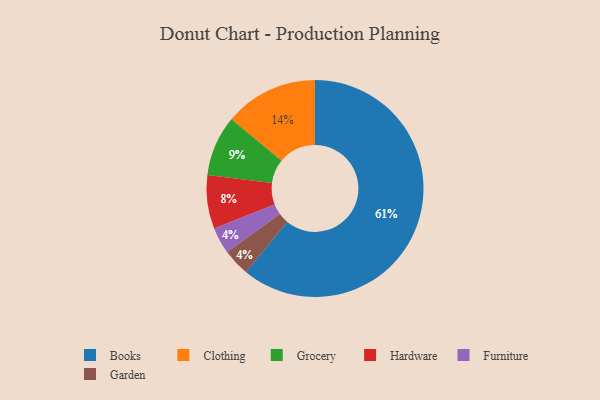
{"axis": {"x": "Category", "y": "Percentage"}, "legend": ["Books", "Clothing", "Furniture", "Garden", "Grocery", "Hardware"], "data": [{"x": "Books", "y": 61, "type": "Books"}, {"x": "Clothing", "y": 14, "type": "Clothing"}, {"x": "Grocery", "y": 9, "type": "Grocery"}, {"x": "Hardware", "y": 8, "type": "Hardware"}, {"x": "Furniture", "y": 4, "type": "Furniture"}, {"x": "Garden", "y": 4, "type": "Garden"}]}